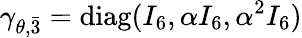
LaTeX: \gamma_{\theta,\bar{3}}=\mathrm{diag}(I_{6},\alpha I_{6},\alpha^{2}I_{6})